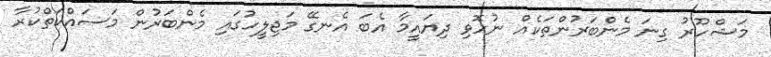
މަޝްހޫރު ގިނަ މެންބަރުންތަކެއް ނުހޮވި ދިޔައީމާ އެބަ އެނގޭ މަޖިލީހުގައި މެންބަރުން މަސައްކަތްކުރާ